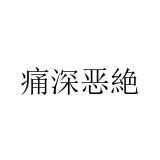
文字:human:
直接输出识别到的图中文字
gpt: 痛深恶絶